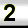
Digit: 2